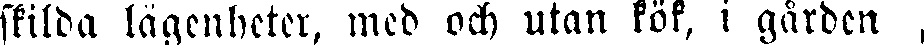
skilda lägenheter, meb och utan kök, i gården